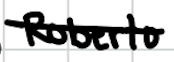
Text: Roberto
Cross-out: single-line
Writing tool: digital_black